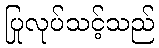
ပြုလုပ်သင့်သည်